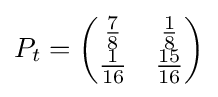
P_{t}={\begin{pmatrix}{\frac {7}{8}}&{\frac {1}{8}}\\{\frac {1}{16}}&{\frac {15}{16}}\end{pmatrix}}